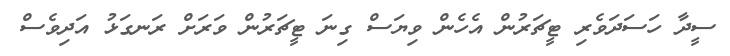
ސީދާ ހަސަދަވެރި ޓީޗަރުން އެހެން ވިޔަސް ގިނަ ޓީޗަރުން ވަރަށް ރަނގަޅު އަދިވެސް